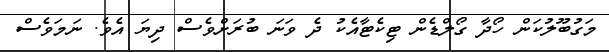
މަގުބޫލުކަން ހޯދާ ގޯލްޑެން ޓިކެޓާއެކު ދެ ވަނަ ބުރަށްވެސް ދިޔަ އެވެ. ނަމަވެސް